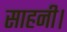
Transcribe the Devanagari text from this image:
साहनी।